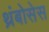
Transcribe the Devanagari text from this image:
थ्रंबोसेस